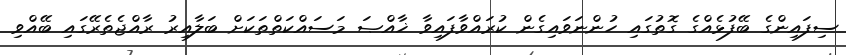
ސިފައިންގެ ބޭފުޅެއްގެ ގޮތުގައި ހުންނަވައިގެން ކުރައްވާފައިވާ ޚާއްޞަ މަސައްކަތްތަކަށް ބަލާއިރު ރާއްޖެތެރޭގައި ބޭއްވި